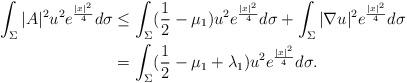
LaTeX: \begin{align*}\int_{\Sigma}|A|^2u^2e^{\frac{|x|^2}{4}}d\sigma&\leq\int_{\Sigma}(\dfrac12-\mu_1)u^2e^{\frac{|x|^2}{4}}d\sigma+\int_{\Sigma}|\nabla u|^2e^{\frac{|x|^2}{4}}d\sigma\\&=\int_{\Sigma}(\dfrac12-\mu_1+\lambda_1)u^2e^{\frac{|x|^2}{4}}d\sigma.\end{align*}